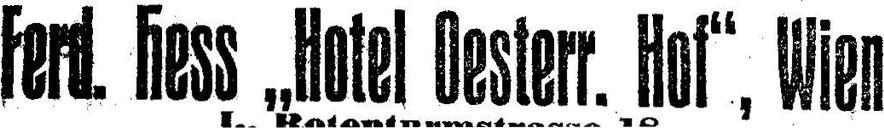
Ferd. hess „Hotel Oesterr. Hof“, Wien